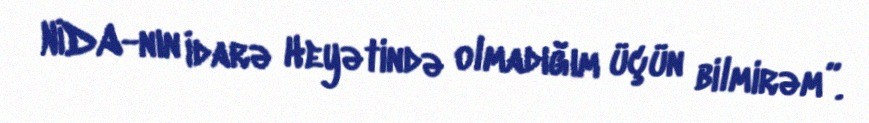
NİDA-nın İdarə Heyətində olmadığım üçün bilmirəm”.